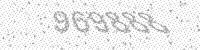
Solution: 969888